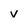
Character: v